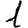
Digit: 1